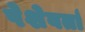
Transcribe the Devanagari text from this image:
पेशेवर्ता